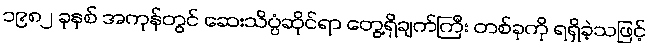
၁၉၈၂ ခုနှစ် အကုန်တွင် ဆေးသိပ္ပံဆိုင်ရာ တွေ့ရှိချက်ကြီး တစ်ခုကို ရရှိခဲ့သဖြင့်